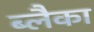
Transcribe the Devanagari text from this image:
ब्लैका